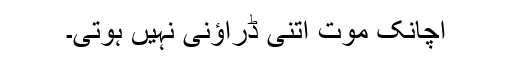
اچانک موت اتنی ڈراؤنی نہیں ہوتی۔